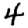
Digit: 4